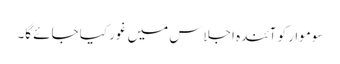
سوموار کو آئندہ اجلاس میں غور کیا جائے گا۔